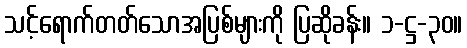
သင့်ရောက်တတ်သောအပြစ်များကို ပြဆိုခန်း။ ၁-ဋ္ဌ-၃၀။